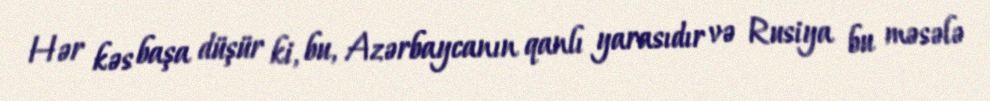
Hər kəs başa düşür ki, bu, Azərbaycanın qanlı yarasıdır və Rusiya bu məsələ